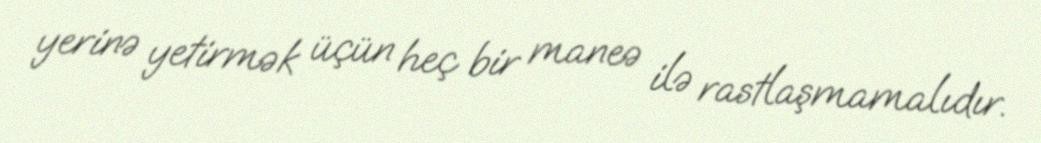
yerinə yetirmək üçün heç bir maneə ilə rastlaşmamalıdır.